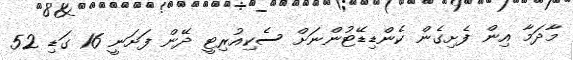
މާދަމާ އިން ފެށިގެން ކެންޑިޑޭޓުންނަށް ސެކިއުރިޓީ ދޭން ފަށަނީ 16 ގަޑި 52